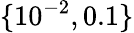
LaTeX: \lbrace 10^{-2},0.1\rbrace